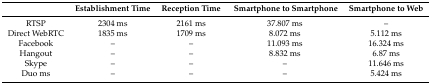
<table><thead><tr><td></td><td><b>Establishment Time</b></td><td><b>Reception Time</b></td><td><b>Smartphone to Smartphone</b></td><td><b>Smartphone to Web</b></td></tr></thead><tbody><tr><td>RTSP</td><td>2304 ms</td><td>2161 ms</td><td>37.807 ms</td><td>–</td></tr><tr><td>Direct WebRTC</td><td>1835 ms</td><td>1709 ms</td><td>8.072 ms</td><td>5.112 ms</td></tr><tr><td>Facebook</td><td>–</td><td>–</td><td>11.093 ms</td><td>16.324 ms</td></tr><tr><td>Hangout</td><td>–</td><td>–</td><td>8.832 ms</td><td>6.87 ms</td></tr><tr><td>Skype</td><td>–</td><td>–</td><td>–</td><td>11.646 ms</td></tr><tr><td>Duo ms</td><td>–</td><td>–</td><td>–</td><td>5.424 ms</td></tr></tbody></table>